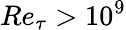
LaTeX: Re_{\tau}>10^{9}